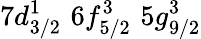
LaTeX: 7d_{3/2}^{1}\, \, 6f_{5/2}^{3}\, \, 5g_{9/2}^{3}